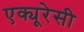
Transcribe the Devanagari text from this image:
एक्यूरेसी